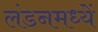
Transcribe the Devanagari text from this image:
लंडनमध्यें